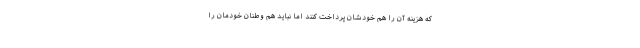
که هزینه آن را هم خودشان پرداخت کنند اما نباید هم وطنان خودمان را